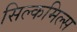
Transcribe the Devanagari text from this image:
सिल्कमिल्स